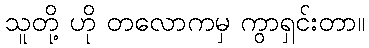
သူတို့ ဟို တလောကမှ ကွာရှင်းတာ။